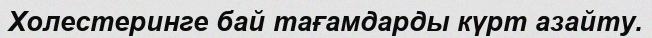
Холестеринге бай тағамдарды күрт азайту.